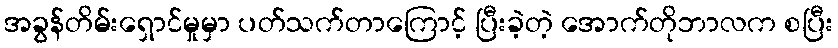
အခွန်တိမ်းရှောင်မှုမှာ ပတ်သက်တာကြောင့် ပြီးခဲ့တဲ့ အောက်တိုဘာလက စပြီး